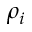
\rho _ { i }